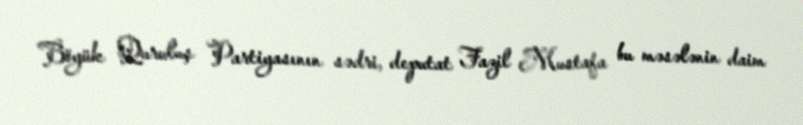
Böyük Quruluş Partiyasının sədri, deputat Fazil Mustafa bu məsələnin daim